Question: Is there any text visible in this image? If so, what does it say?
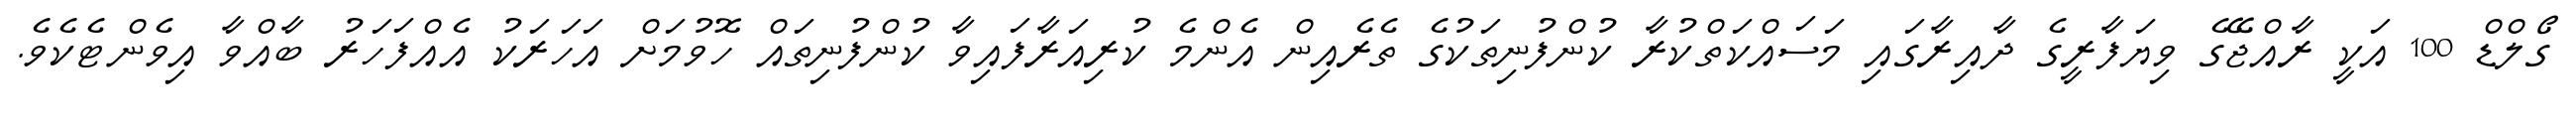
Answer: ގޯލްޑް 100 އަކީ ރާއްޖޭގެ ވިޔަފާރީގެ ދާއިރާގައި މަސައްކަތްކުރާ ކުންފުނިތަކުގެ ތެރެއިން އެންމެ ކުރިއަރާފައިވާ ކުންފުނިތައް ހޮވުމަށް އަހަރަކު އެއްފަހަރު ބާއްވާ އިވެންޓެކެވެ.